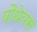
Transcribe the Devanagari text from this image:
यौधेयस